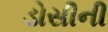
ડોસીની